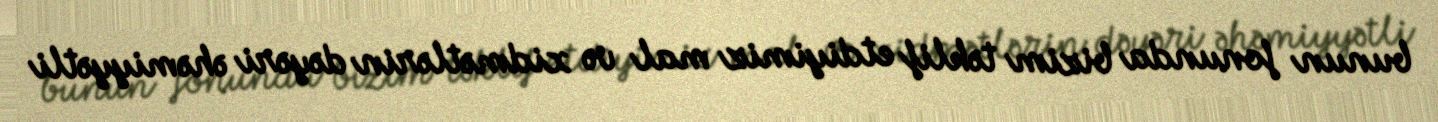
bunun fonunda bizim təklif etdiyimiz mal və xidmətlərin dəyəri əhəmiyyətli